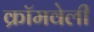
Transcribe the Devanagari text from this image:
क्रॉमवेली